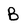
Character: B